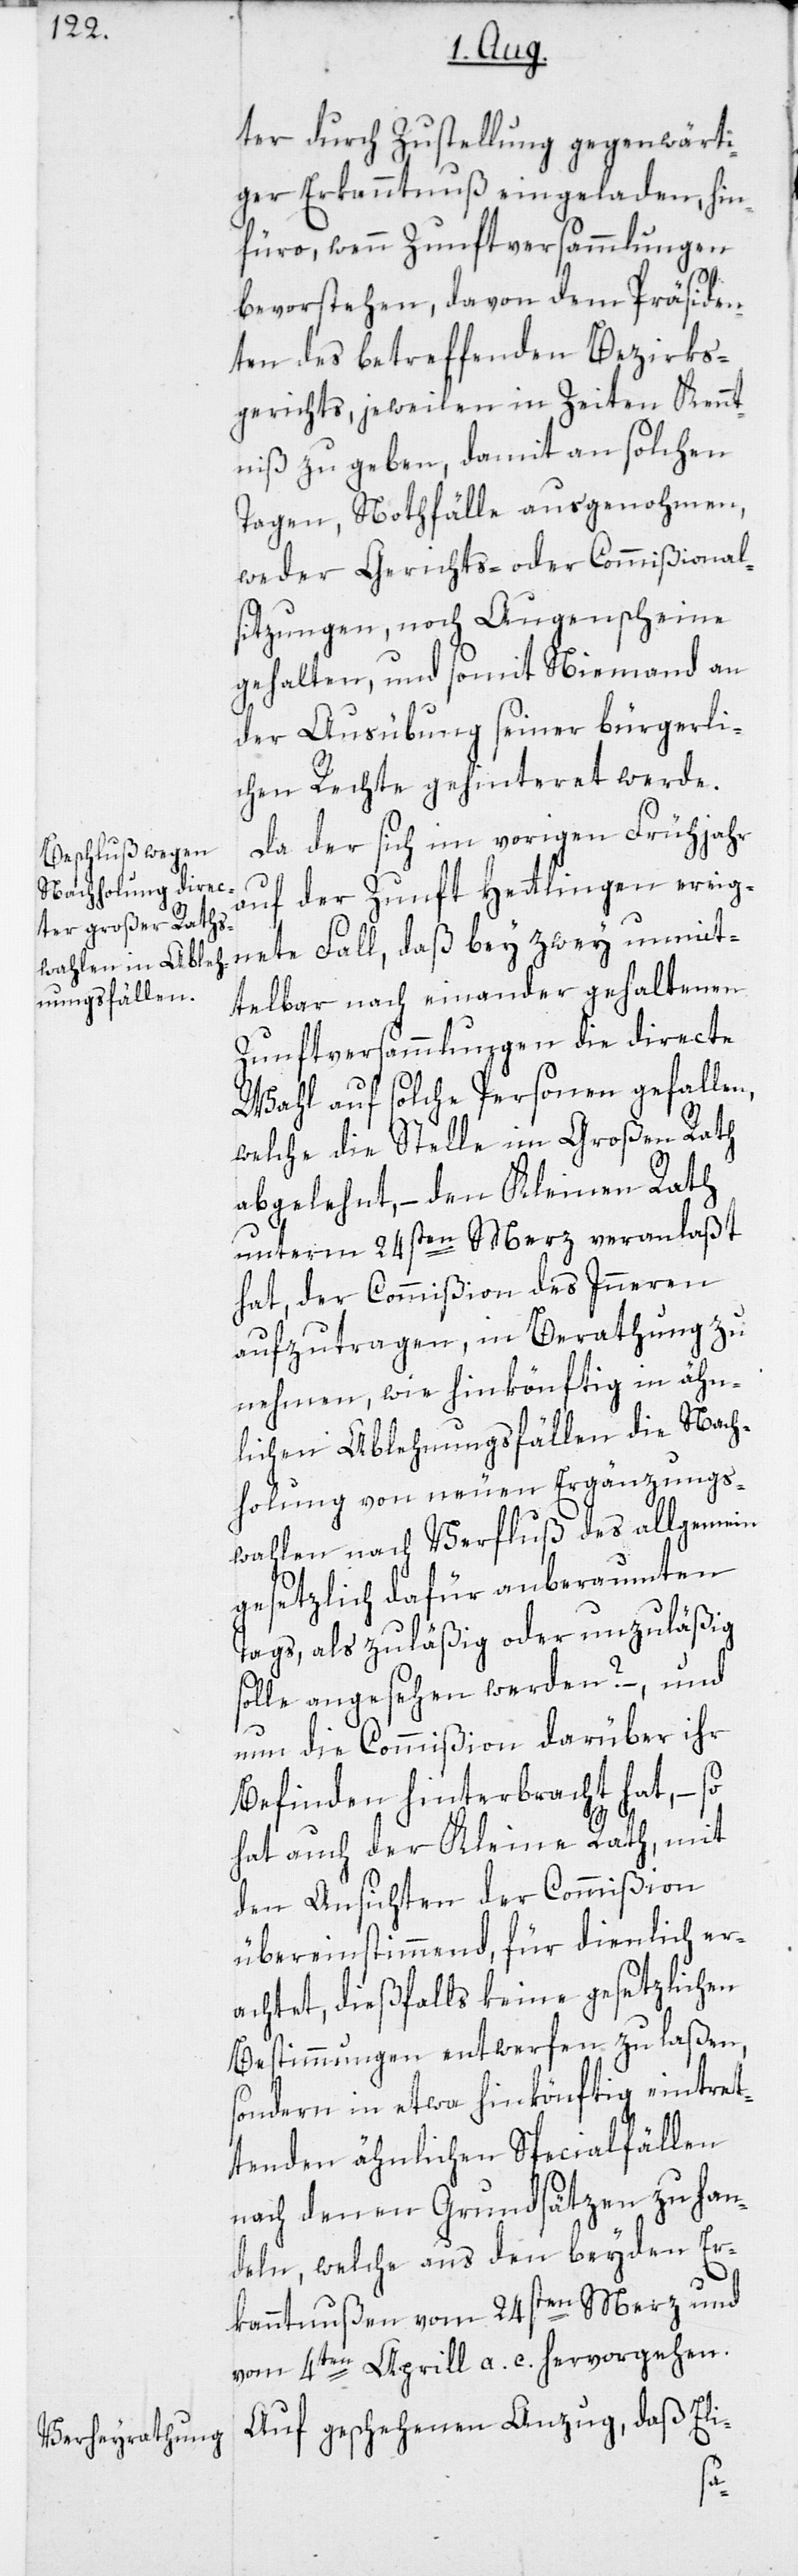
ter durch Zustellung gegenwärti¬
ger Erkanntnuß eingeladen, hin¬
füro, wenn Zunftversammlungen
bevorstehen, davon dem Präsiden¬
ten des betreffenden Bezirks¬
gerichts, jeweilen in Zeiten Kennt¬
niß zu geben, damit an solchen
Tagen, Nothfälle ausgenohmen,
weder Gerichts- oder Commißional¬
sitzungen, noch Augenscheine
gehalten, und somit Niemand an
der Ausübung seiner bürgerli¬
chen Rechte gehinteret werde.
Da der sich im vorigen Frühjahr
auf der Zunft Hettlingen ereig¬
nete Fall, daß bey zwey unmit¬
telbar nach einander gehaltenen
Zunftversammlungen die directe
Wahl auf solche Personen gefallen,
welche die Stelle im Großen Rath
abgelehnt, – den Kleinen Rath
unterm 24sten Merz veranlaßt
hat, der Commißion des Inneren
aufzutragen, in Berathung zu
nehmen, wie hinkönftig in ähn¬
lichen Ablehnungsfällen die Nach¬
holung von neuen Ergänzungs¬
wahlen nach Verfluß des allgemein
gesetzlich dafür anberaumten
Tags, als zuläßig oder unzuläßig
solle angesehen werden? –, und
nun die Commißion darüber ihr
Befinden hinterbracht hat, – so
hat auch der Kleine Rath, mit
den Ansichten der Commißion
übereinstimmend, für dienlich er¬
achtet, dießfalls keine gesetzlichen
Bestimmungen entwerfen zu laßen,
sondern in etwa hinkönftig eintret¬
tenden ähnlichen Specialfällen
nach denen Grundsätzen zu han¬
deln, welche aus den beyden Er¬
kanntnußen vom 24sten Merz und
vom 4ten Aprill a. c. hervorgehen.
Auf geschehenen Anzug, daß Eli-